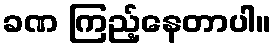
ခဏ ကြည့်နေတာပါ။